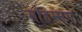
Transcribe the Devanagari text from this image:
मोहम्मग